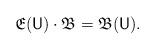
LaTeX: \begin{align*}\mathfrak E(\mathsf U) \cdot \mathfrak B = \mathfrak B(\mathsf U).\end{align*}